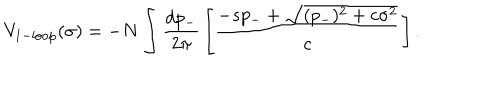
V _ { 1 - \mathrm { l o o p } } ( \sigma ) = - N \int { \frac { d p _ { - } } { 2 \pi } } \left[ { \frac { - s p _ { - } + \sqrt { ( p _ { - } ) ^ { 2 } + c \sigma ^ { 2 } } } { c } } \right] .